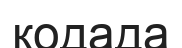
кодада